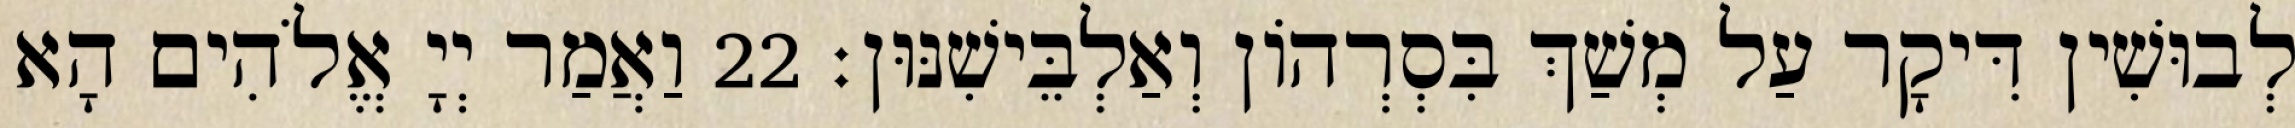
לְבוּשִׁין דִּיקָר עַל מְשַׁךְ בִּסְרְהוֹן וְאַלְבֵּישִׁנּוּן׃ 22 וַאֲמַר יְיָ אֱלֹהִים הָא